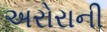
અરોરાની